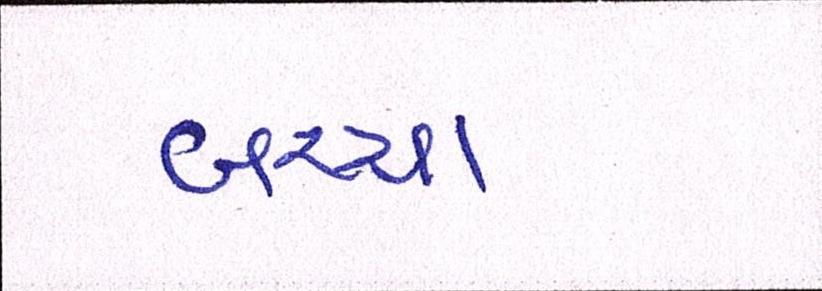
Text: બચ્ચા